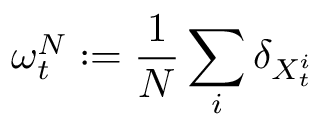
\omega _ { t } ^ { N } : = \frac { 1 } { N } \sum _ { i } \delta _ { X _ { t } ^ { i } }